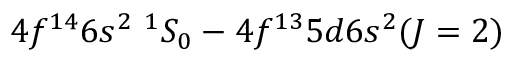
4 f ^ { 1 4 } 6 s ^ { 2 } ~ ^ { 1 } S _ { 0 } - 4 f ^ { 1 3 } 5 d 6 s ^ { 2 } ( J = 2 )